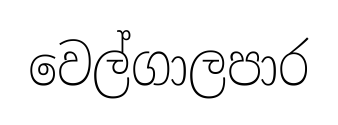
වෙල්ගාලපාර